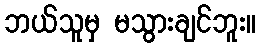
ဘယ်သူမှ မသွားချင်ဘူး။